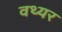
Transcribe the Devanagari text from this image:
वथ्यर